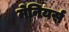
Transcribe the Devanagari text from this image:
मेनियर्स